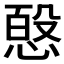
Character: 𭝸